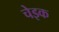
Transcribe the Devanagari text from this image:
चेइक